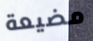
مضيعة